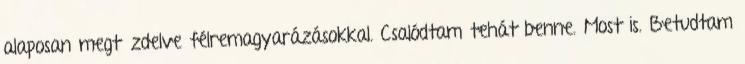
alaposan megtűzdelve félremagyarázásokkal. Csalódtam tehát benne. Most is. Betudtam